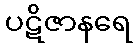
ပဋိဇာနရေ